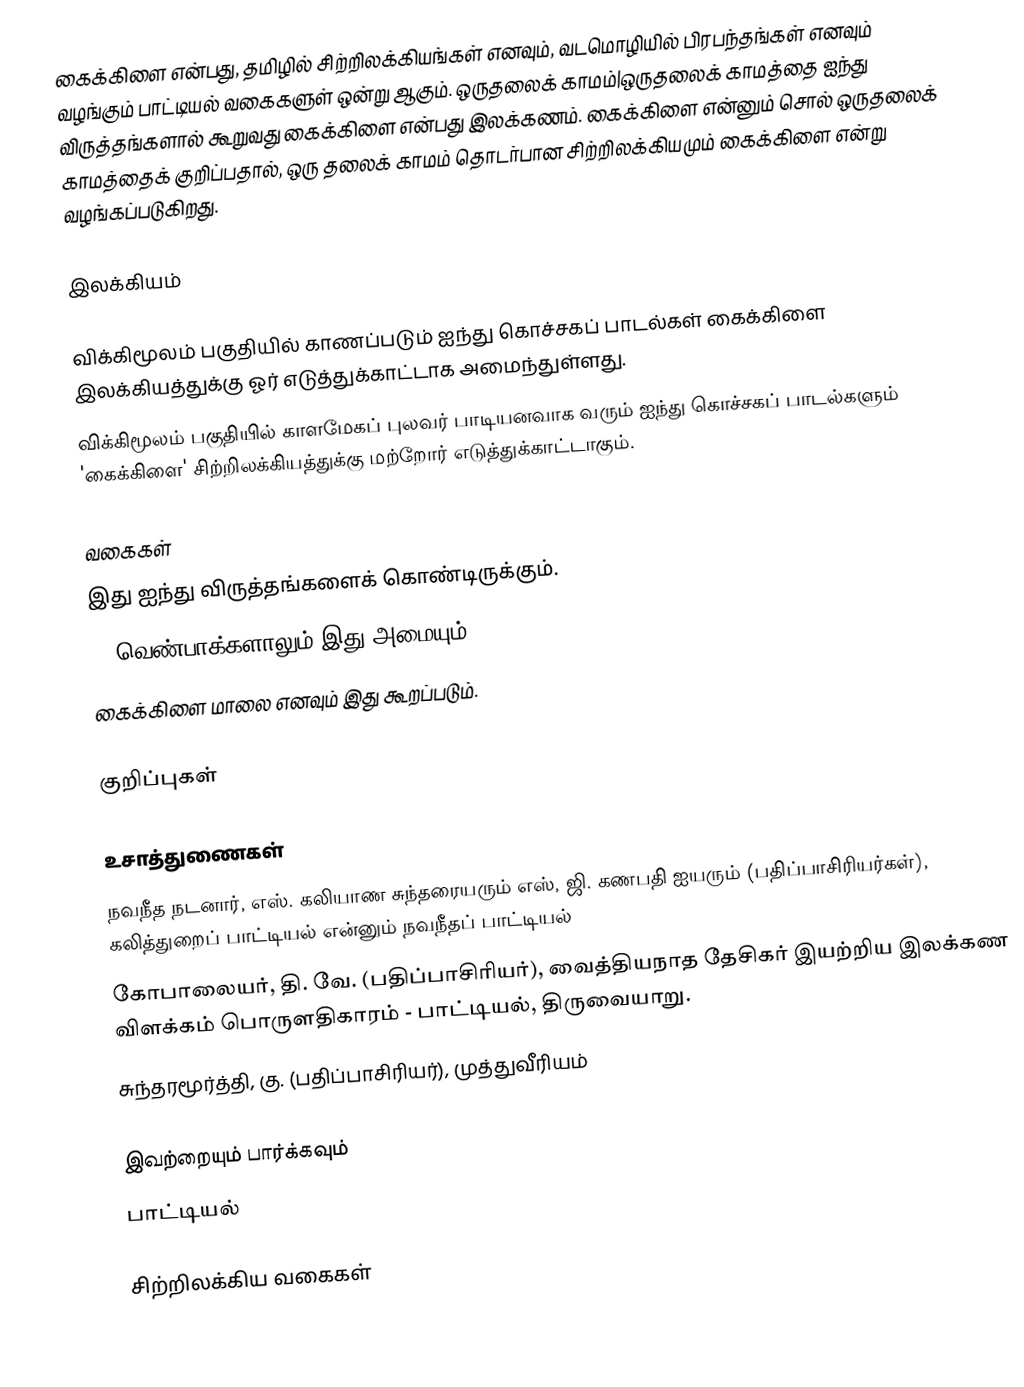
கைக்கிளை என்பது, தமிழில் சிற்றிலக்கியங்கள் எனவும், வடமொழியில் பிரபந்தங்கள் எனவும் வழங்கும் பாட்டியல் வகைகளுள் ஒன்று ஆகும். ஒருதலைக் காமம்|ஒருதலைக் காமத்தை ஐந்து விருத்தங்களால் கூறுவது கைக்கிளை என்பது இலக்கணம். கைக்கிளை என்னும் சொல் ஒருதலைக் காமத்தைக் குறிப்பதால், ஒரு தலைக் காமம் தொடர்பான சிற்றிலக்கியமும் கைக்கிளை என்று வழங்கப்படுகிறது.

இலக்கியம்

 விக்கிமூலம் பகுதியில் காணப்படும் ஐந்து கொச்சகப் பாடல்கள் கைக்கிளை இலக்கியத்துக்கு ஓர் எடுத்துக்காட்டாக அமைந்துள்ளது.
 விக்கிமூலம் பகுதியில் காளமேகப் புலவர் பாடியனவாக வரும் ஐந்து கொச்சகப் பாடல்களும் 'கைக்கிளை' சிற்றிலக்கியத்துக்கு மற்றோர் எடுத்துக்காட்டாகும்.

வகைகள்
 இது ஐந்து விருத்தங்களைக் கொண்டிருக்கும்.
 60 வெண்பாக்களாலும் இது அமையும்.
 கைக்கிளை மாலை எனவும் இது கூறப்படும்.

குறிப்புகள்

உசாத்துணைகள்
 நவநீத நடனார், எஸ். கலியாண சுந்தரையரும் எஸ், ஜி. கணபதி ஐயரும் (பதிப்பாசிரியர்கள்), கலித்துறைப் பாட்டியல் என்னும் நவநீதப் பாட்டியல்
 கோபாலையர், தி. வே. (பதிப்பாசிரியர்), வைத்தியநாத தேசிகர் இயற்றிய இலக்கண விளக்கம் பொருளதிகாரம் - பாட்டியல், திருவையாறு.
 சுந்தரமூர்த்தி, கு. (பதிப்பாசிரியர்), முத்துவீரியம்

இவற்றையும் பார்க்கவும்
 பாட்டியல்

சிற்றிலக்கிய வகைகள்